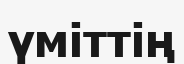
үміттің